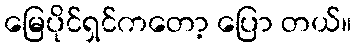
မြေပိုင်ရှင်ကတော့ ပြော တယ်။